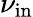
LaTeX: \nu_{\mathrm{in}}